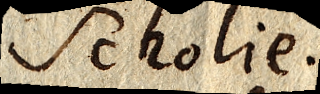
Scholie.